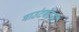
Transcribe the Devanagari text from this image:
माउंटबॅटनने